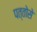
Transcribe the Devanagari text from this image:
पत्तोसे